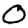
Digit: 0